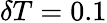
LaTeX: \delta T=0.1